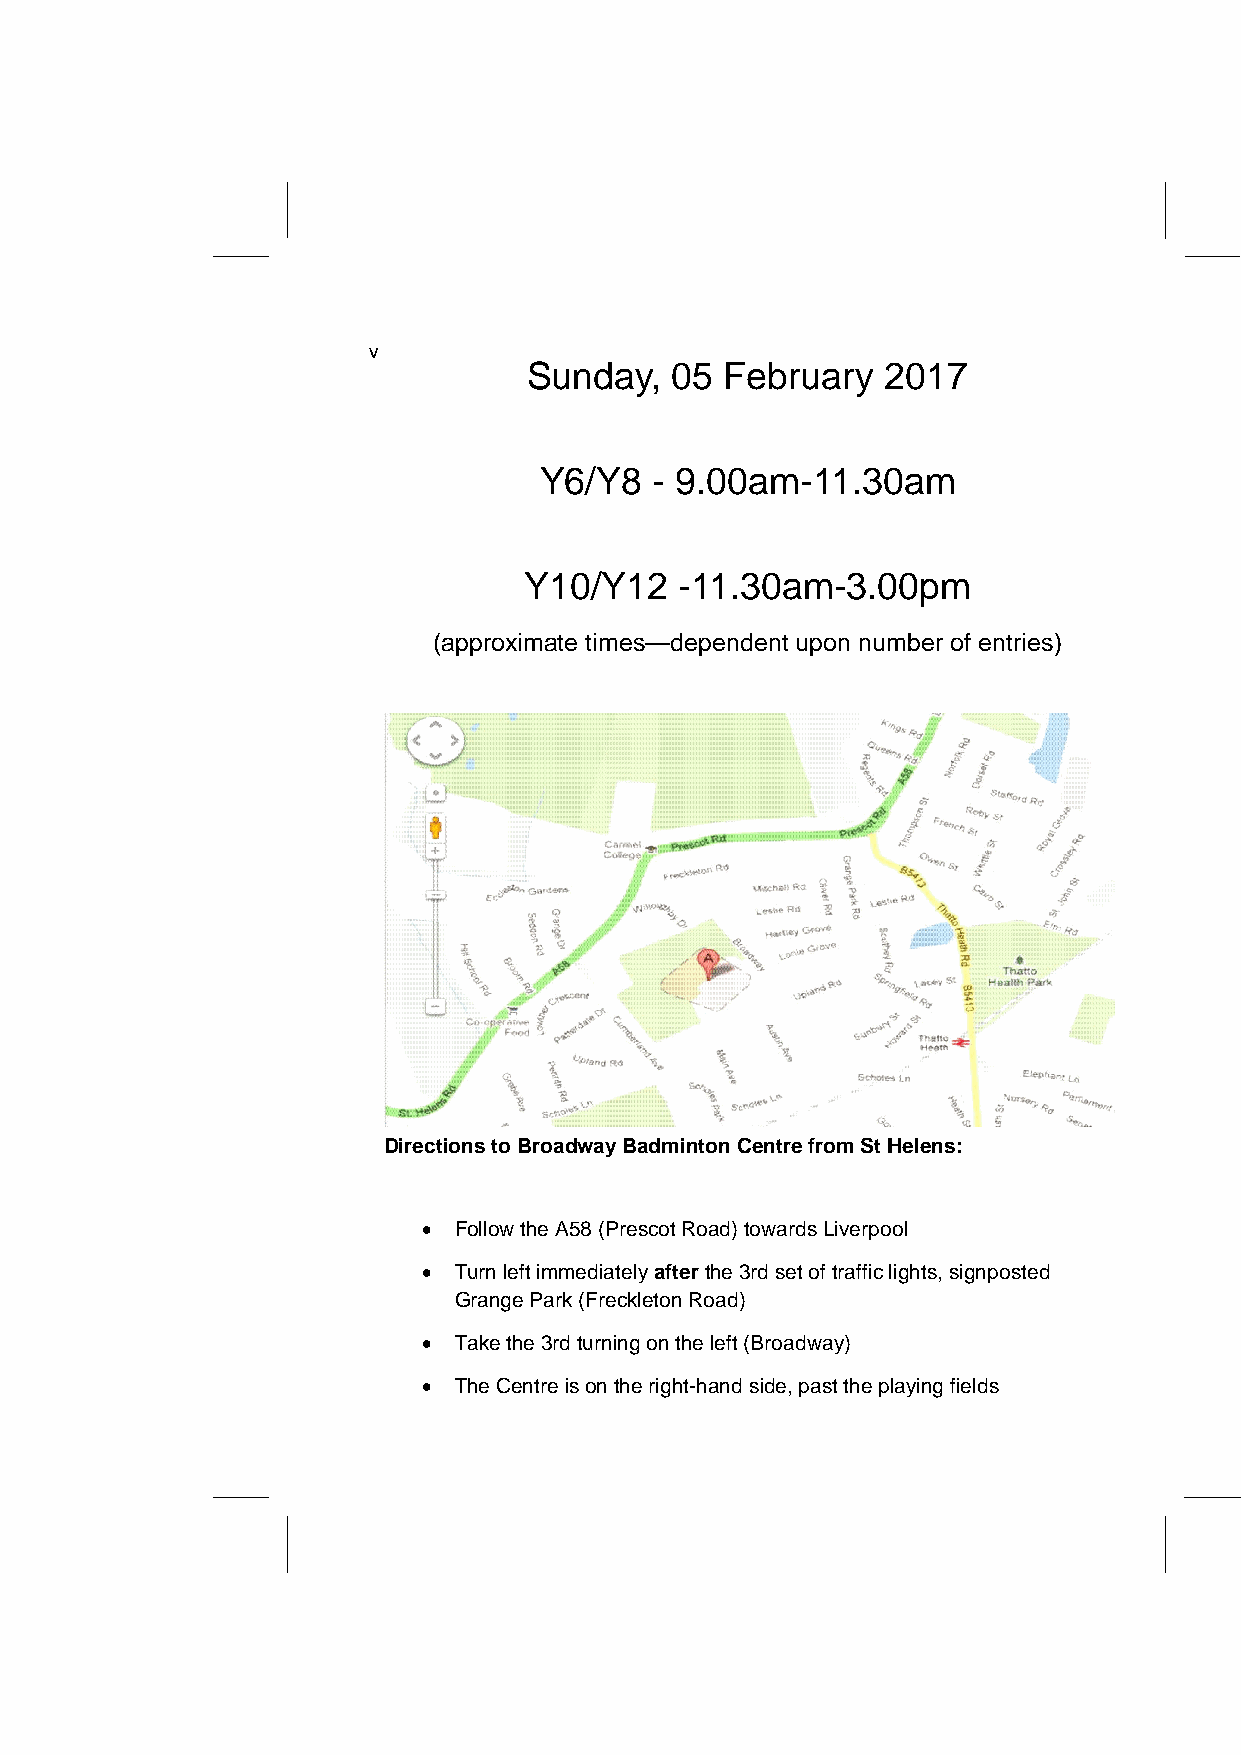
v
 Sunday,  05  February   2017
 Y6/Y8  - 9.00am-11.30am
 Y10/Y12   -11.30am-3.00pm
 (approximate times—dependent upon number of entries)
 Directions to Broadway Badminton Centre from St Helens:
  Follow the A58 (Prescot Road) towards Liverpool
  Turn left immediately after the 3rd set of traffic lights, signposted
 Grange Park (Freckleton Road)
  Take the 3rd turning on the left (Broadway)
  The Centre is on the right-hand side, past the playing fields